Taavet_Bergmanni_abiraha_sihtasutus, lk 8
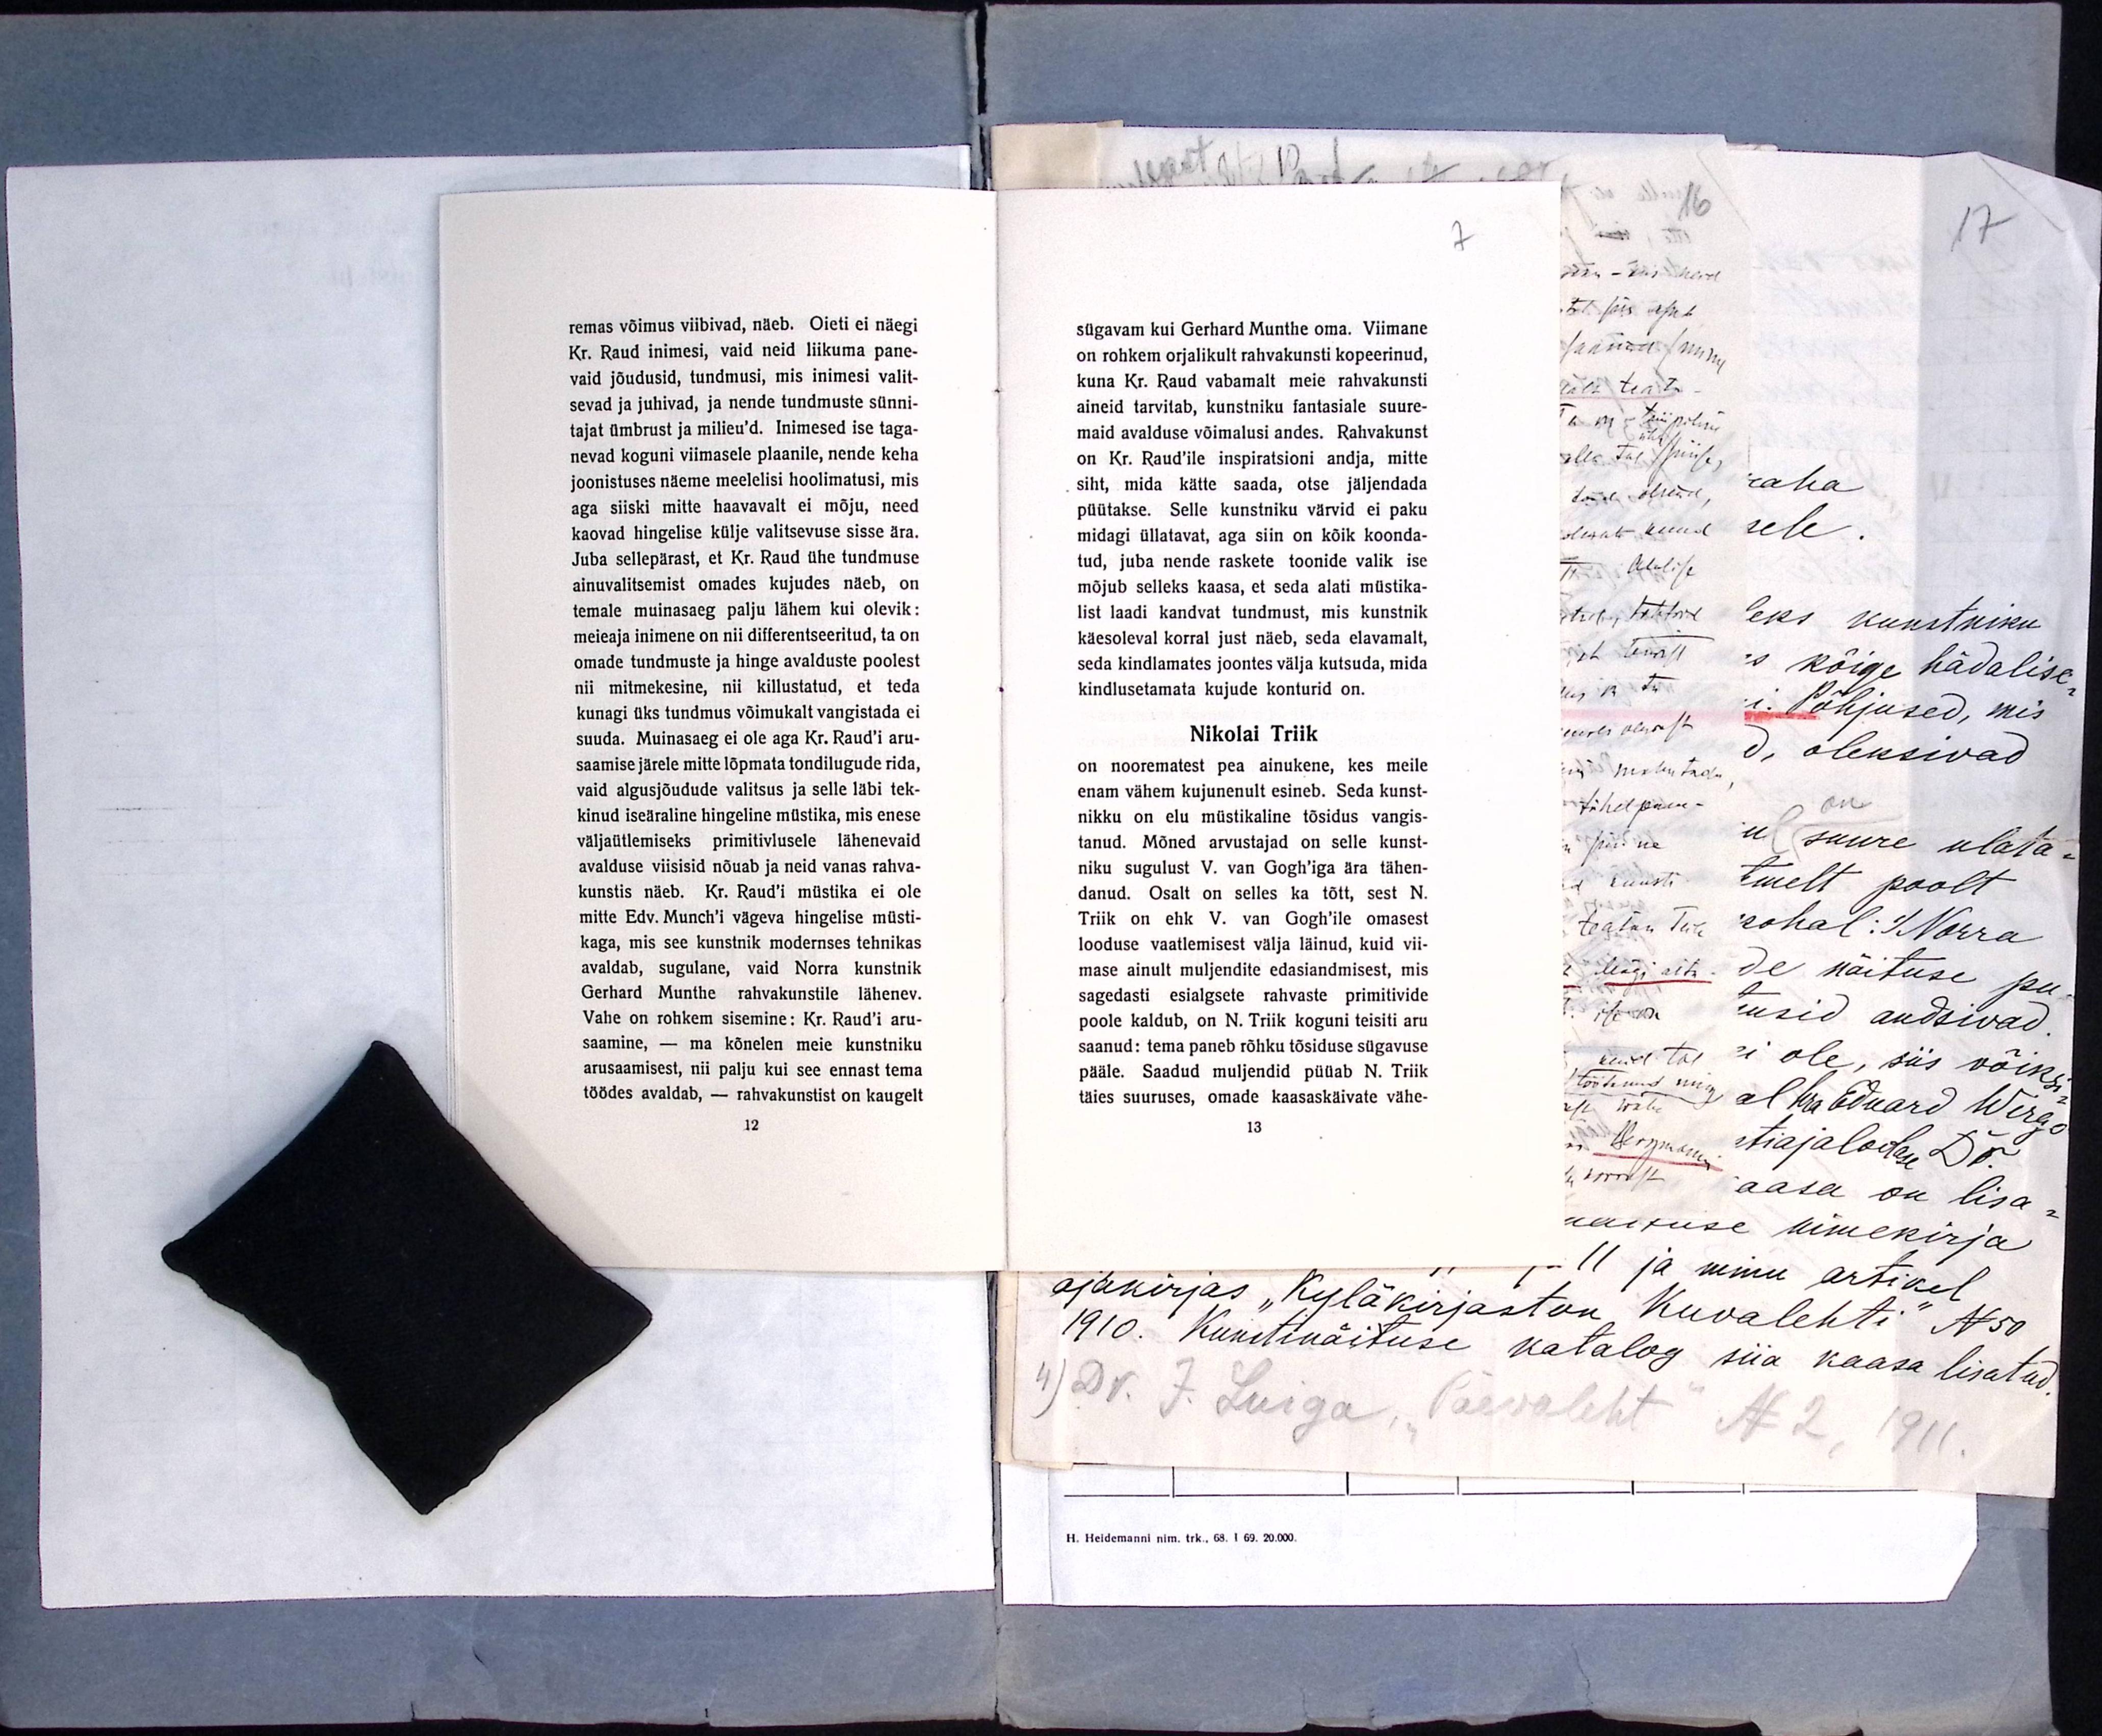
7
sügavam kui Gerhard Munthe oma. Viimane
on rohkem orjalikult rahvakunsti kopeerinud,
kuna Kr. Raud vabamalt meie rahvakunsti
aineid tarvitab, kunstniku fantasiale suure-
maid avalduse võimalusi andes. Rahvakunst
on Kr. Raud'ile inspiratsioni andja, mitte
siht, mida kätte saada, otse jäljendada
püütakse. Selle kunstniku värvid ei paku
midagi üllatavat, aga siin on kõik koonda-
tud, juba nende raskete toonide valik ise
mõjub selleks kaasa, et seda alati müstika-
list laadi kandvat tundmust, mis kunstnik
käesoleval korral just näeb, seda elavamalt,
seda kindlamates joontes välja kutsuda, mida
kindlusetamata kujude konturid on.
Nikolai Triik
on noorematest pea ainukene, kes meile
enam vähem kujunenult esineb. Seda kunst-
nikku on elu müstikaline tõsidus vangis-
tanud. Mõned arvustajad on selle kunst-
niku sugulust V. van Gogh'iga ära tähen-
danud. Osalt on selles ka tõtt, sest N.
Triik on ehk V. van Gogh'ile omasest
looduse vaatlemisest välja läinud, kuid vii-
mase ainult muljendite edasiandmisest, mis
sagedasti esialgsete rahvaste primitivide
poole kaldub, on N. Triik koguni teisiti aru
saanud: tema paneb rõhku tõsiduse sügavuse
pääle. Saadud muljendid püüab N. Triik
täies suuruses, omade kaasaskäivate vähe-
13

remas võimus viibivad, näeb. Oieti ei näegi
Kr. Raud inimesi, vaid neid liikuma pane-
vaid jõudusid, tundmusi, mis inimesi valit-
sevad ja juhivad, ja nende tundmuste sünni-
tajat ümbrust ja milieu'd. Inimesed ise taga-
nevad koguni viimasele plaanile, nende keha
joonistuses näeme meelelisi hoolimatusi, mis
aga siiski mitte haavavalt ei mõju, need
kaovad hingelise külje valitsevuse sisse ära.
Juba sellepärast, et Kr. Raud ühe tundmuse
ainuvalitsemist omades kujudes näeb, on
temale muinasaeg palju lähem kui olevik:
meieaja inimene on nii differentseeritud, ta on
omade tundmuste ja hinge avalduste poolest
nii mitmekesine, nii killustatud, et teda
kunagi üks tundmus võimukalt vangistada ei
suuda. Muinasaeg ei ole aga Kr. Raud'i aru-
saamise järele mitte lõpmata tondilugude rida,
vaid algusjõudude valitsus ja selle läbi tek-
kinud iseäraline hingeline müstika, mis enese
väljaütlemiseks primitivlusele lähenevaid
avalduse viisisid nõuab ja neid vanas rahva-
kunstis näeb. Kr. Raud'i müstika ei ole
mitte Edv. Munch'i vägeva hingelise müsti-
kaga, mis see kunstnik modernses tehnikas
avaldab, sugulane, vaid Norra kunstnik
Gerhard Munthe rahvakunstile lähenev.
Vahe on rohkem sisemine: Kr. Raud'i aru-
saamine, - ma kõnelen meie kunstniku
arusaamisest, nii palju kui see ennast tema
töödes avaldab, - rahvakunstist on kaugelt
12